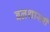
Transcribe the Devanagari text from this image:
बलशास्त्री